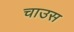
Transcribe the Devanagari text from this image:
चाउस